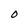
Character: 0